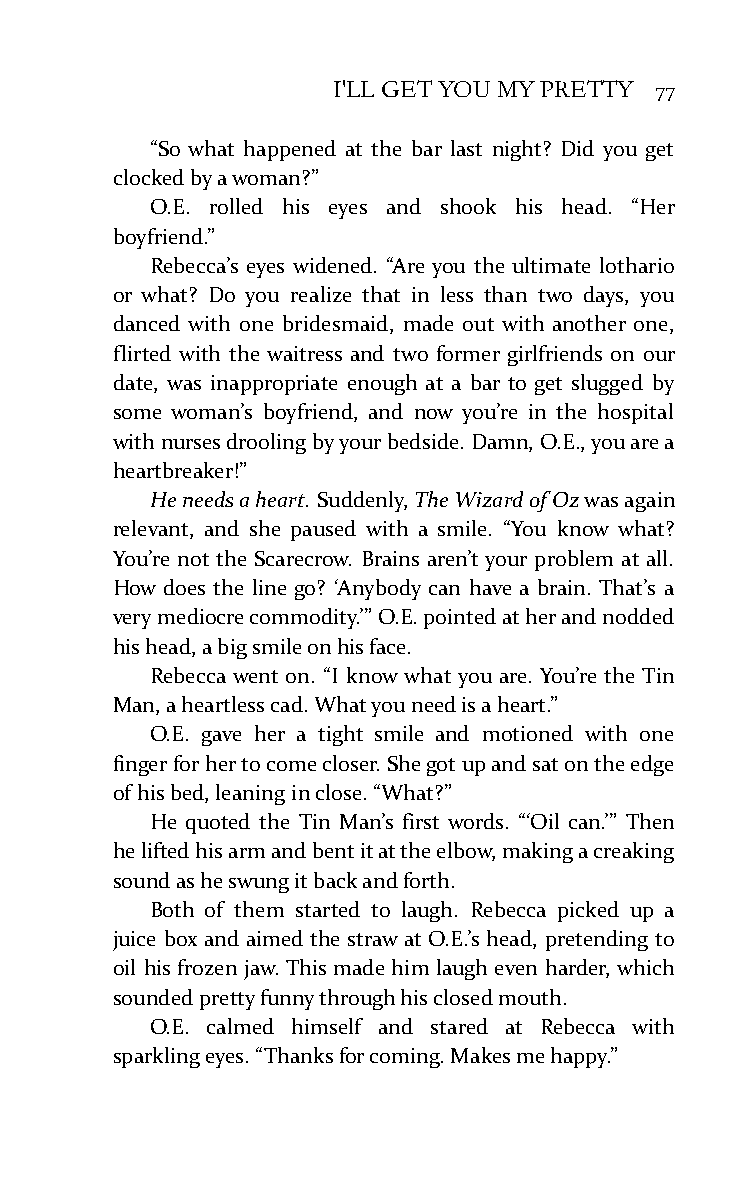
I'LL GET YOU MY PRETTY 77
 “So what happened at the bar last night? Did you get
 clocked by a woman?”
 O.E. rolled his eyes and shook his head. “Her
 boyfriend.”
 Rebecca’s eyes widened. “Are you the ultimate lothario
 or what? Do you realize that in less than two days, you
 danced with one bridesmaid, made out with another one,
 flirted with the waitress and two former girlfriends on our
 date, was inappropriate enough at a bar to get slugged by
 some woman’s boyfriend, and now you’re in the hospital
 with nurses drooling by your bedside. Damn, O.E., you are a
 heartbreaker!”
 He needs a heart. Suddenly, The Wizard of Oz was again
 relevant, and she paused with a smile. “You know what?
 You’re not the Scarecrow. Brains aren’t your problem at all.
 How does the line go? ‘Anybody can have a brain. That’s a
 very mediocre commodity.’” O.E. pointed at her and nodded
 his head, a big smile on his face.
 Rebecca went on. “I know what you are. You’re the Tin
 Man, a heartless cad. What you need is a heart.”
 O.E. gave her a tight smile and motioned with one
 finger for her to come closer. She got up and sat on the edge
 of his bed, leaning in close. “What?”
 He quoted the Tin Man’s first words. “‘Oil can.’” Then
 he lifted his arm and bent it at the elbow, making a creaking
 sound as he swung it back and forth.
 Both of them started to laugh. Rebecca picked up a
 juice box and aimed the straw at O.E.’s head, pretending to
 oil his frozen jaw. This made him laugh even harder, which
 sounded pretty funny through his closed mouth.
 O.E. calmed himself and stared at Rebecca with
 sparkling eyes. “Thanks for coming. Makes me happy.”